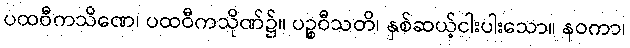
ပထဝီကသိဏေ၊ ပထဝီကသိုဏ်၌။ ပဉ္စဝီသတိ၊ နှစ်ဆယ့်ငါးပါးသော။ နဝကာ၊